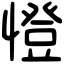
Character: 憕